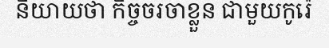
និយាយថា កិច្ចចរចាខ្លួន ជាមួយកូរ៉េ